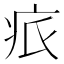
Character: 𤵑